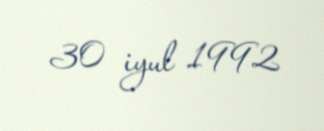
30 iyul 1992